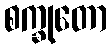
စက္ခုတော